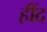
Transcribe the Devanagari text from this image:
हींद